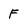
Character: F